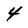
Character: 4